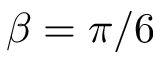
\beta = \pi / 6